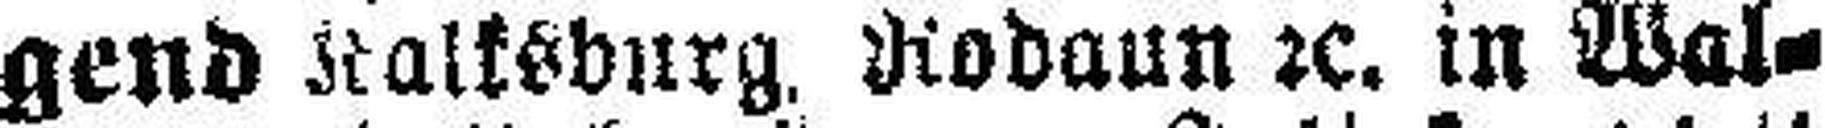
gend Nalksburg, Rodaun 2c. in Wal¬